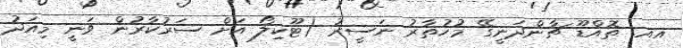
އއ. ތޮއްޑޫ ޗާންދަނީގޭ މުހުތާރު ނަސީރު (ޓޫކިލޯ އަށް ސަރުކާރުން ވަނީ މިއަދު